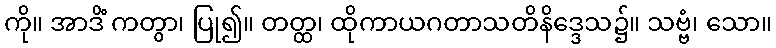
ကို။ အာဒိံ ကတွာ၊ ပြု၍။ တတ္ထ၊ ထိုကာယဂတာသတိနိဒ္ဒေသ၌။ သဗ္ဗံ၊ သော။